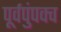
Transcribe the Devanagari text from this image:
पूर्वपुंपक्व